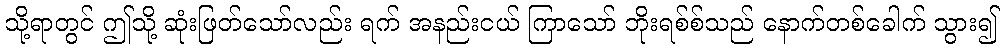
သို့ရာတွင် ဤသို့ ဆုံးဖြတ်သော်လည်း ရက် အနည်းငယ် ကြာသော် ဘိုးရစ်စ်သည် နောက်တစ်ခေါက် သွား၍